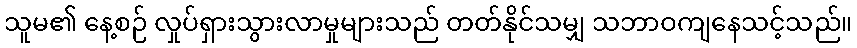
သူမ၏ နေ့စဉ် လှုပ်ရှားသွားလာမှုများသည် တတ်နိုင်သမျှ သဘာဝကျနေသင့်သည်။